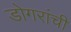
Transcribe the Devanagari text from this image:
डोगरांची